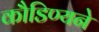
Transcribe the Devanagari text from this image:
कौडिण्यने